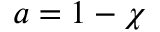
a = 1 - \chi